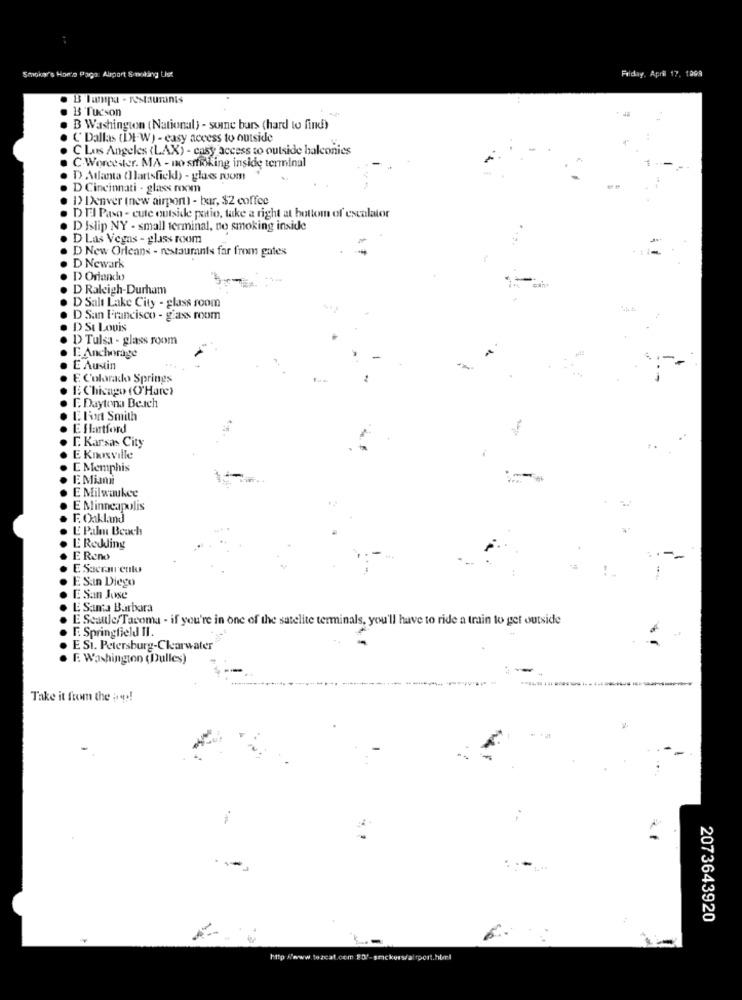
Friday, April 17. 1998
Smoka's Horta Pago: Allport Smmaking Ust
13 Tucson
. B Washington (National) - some bars (hard to find)
C' Dallas (DE-W) - easy access to outside
C Los Angeles (LAX) - easy access to outside balconies
C-Worcester. MA - no srødking inside terminal
D Atlanta (Hartsfickdl) - glass room
D Cincinnati - glass room
I> Denver (new airport) - bar, $2 coffee
D El Paso - cute outside patio, take a right at bottom of escalator
D Islip NY - small terminal, no smoking inside
D Las Vegas - glass roxim
D New Orleans - restaurants far from gates
D Newark
D Orlando
D Raleigh-Durham
D Salt Lake City - glass room
D San Francisco - glass room
D St Louis
1> Tulsa - glass room
E Anchorage
E Austin
E Colorado Springs
E Chicago (O'Hare)
E. Daytona Beach
LIion Smith
Ellentford
E. Kansas City
E Knoxville
E Memphis
E Milwaukee
E Minneapolis
F. Oakland
E Palm Beach
E Redding
E Reno
E Sacrau culo
ESIn Diego
E San Jose
E Santa Barbara
E Scaule/Tacoma - if you're in one of the satelite terminals, you'll have to ride a train to get outside
F. Springfield II.
E Si. Petersburg-Clearwater
. F. Washington (Dulles)
Take it from the are !!
2073643920
http:/www.tezcat.com #3/-snickers/altport.html